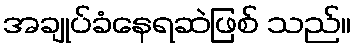
အချုပ်ခံနေရဆဲဖြစ် သည်။